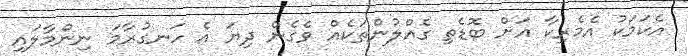
އެކަމަކު އެމެރިކާ އަށް ބޮޑެތި ގެއްލުންތަކެއް ވެގެން ދިޔަ އެ ހަނގުރާމަ ނިންމާލައި